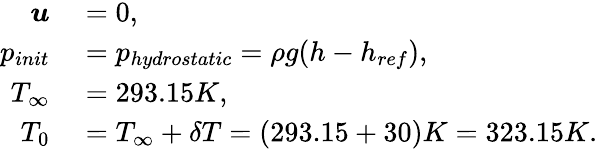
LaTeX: \begin{array}{rl}{\boldsymbol{u}}&{{}=0,}\\ {p_{init}}&{{}=p_{hydrostatic}=\rho g(h-h_{ref}),}\\ {T_{\infty}}&{{}=293.15K,}\\ {T_{0}}&{{}=T_{\infty}+\delta T=(293.15+30)K=323.15K.}\end{array}